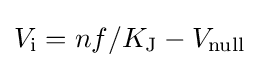
V_{\text{i}}=nf/K_{\text{J}}-V_{\text{null}}